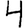
Digit: 4